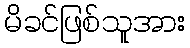
မိခင်ဖြစ်သူအား